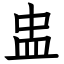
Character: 盅